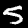
Label: 5